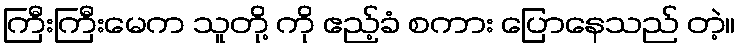
ကြီးကြီးမေက သူတို့ ကို ဧည့်ခံ စကား ပြောနေသည် တဲ့။